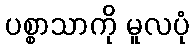
ပစ္စာသာကို မူလပုံ